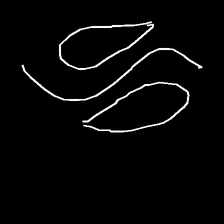
Glyph: water